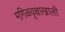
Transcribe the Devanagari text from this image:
मगिळवृक्षाखाली